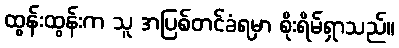
ထွန်းထွန်းက သူ အပြစ်တင်ခံရမှာ စိုးရိမ်ရှာသည်။